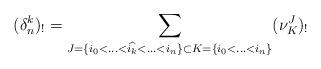
LaTeX: \begin{align*}(\delta_n^k)_!=\sum_{J=\{i_0<\hdots<\widehat{i_k}<\hdots<i_n\} \subset K=\{i_0<\hdots<i_n\} }(\nu_{K}^J)_!\end{align*}